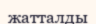
жатталды